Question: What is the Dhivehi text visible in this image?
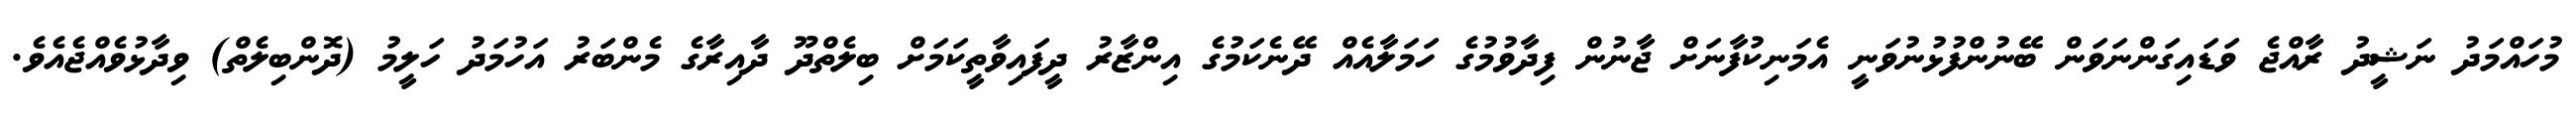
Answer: މުހައްމަދު ނަޝީދު ރާއްޖެ ވަޑައިގަންނަވަން ބޭނުންފުޅުނުވަނީ އެމަނިކުފާނަށް ޖާނުން ފިދާވުމުގެ ހަމަލާއެއް ދޭނެކަމުގެ އިންޒާރު ދީފައިވާތީކަމަށް ބިލެތްދޫ ދާއިރާގެ މެންބަރު އަހުމަދު ހަލީމު (ދޮންބިލެތް) ވިދާޅުވެއްޖެއެވެ.